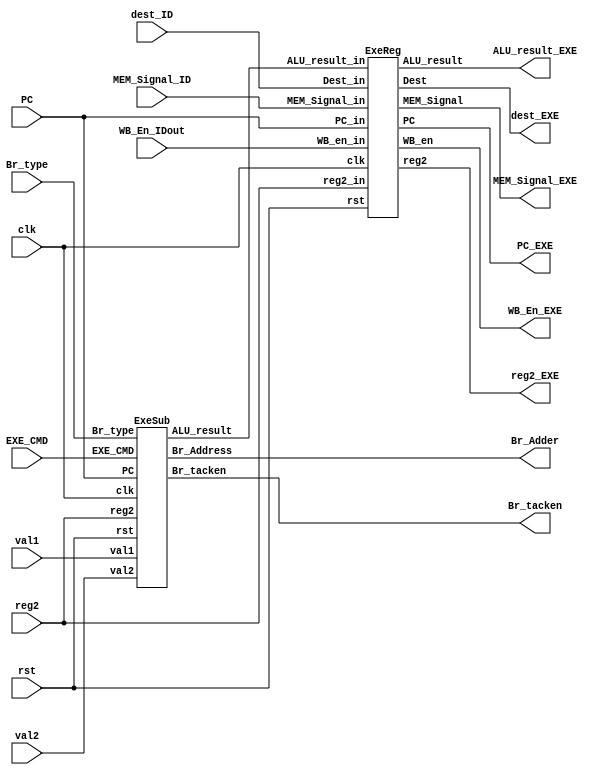
module Exe
	(
		input clk,rst,
		// from ID stage to Mem stage : input
		input WB_En_IDout,
		input [1:0] MEM_Signal_ID,
		input [4:0] dest_ID,

		input [3:0] EXE_CMD,
		input [31:0] val1,val2,reg2,PC,
		input [1:0] Br_type,

		output [31:0] Br_Adder,
		output Br_tacken,
		// from ID stage to Mem stage : output
		output WB_En_EXE,
		output [1:0] MEM_Signal_EXE,
		output [4:0] dest_EXE,
		output [31:0] PC_EXE,ALU_result_EXE,reg2_EXE

	);

	wire[31:0] ALU_result;

	ExeSub _ExeSub (clk,rst,EXE_CMD,val1,val2,reg2,PC,Br_type,ALU_result,Br_Adder,Br_tacken);

	ExeReg _ExeReg(clk,rst,WB_En_IDout,MEM_Signal_ID,dest_ID,PC,ALU_result,reg2,WB_En_EXE,MEM_Signal_EXE,dest_EXE,PC_EXE,ALU_result_EXE,reg2_EXE);

endmodule
// * * * * * * * * * * * * * * * * * * * * * * * * * * * * * * * *
module ExeSub
	(
		input clk,rst,
		input [3:0] EXE_CMD,
		input [31:0] val1,val2,reg2,PC,
		input [1:0] Br_type,

		output [31:0] ALU_result,Br_Address,
		output Br_tacken
	);

	ALU _ALU(val1, val2, EXE_CMD, ALU_result);
	AdderBranch _AdderBranch (PC, val2, Br_Address);
	ConditionCheck _ConditionCheck (val1, reg2, Br_type, Br_tacken);

endmodule
// * * * * * * * * * * * * * * * * * * * * * * * * * * * * * * * *
module ExeReg
	(
		input clk,rst,
		// from ID stage to Mem stage
		input WB_en_in,
		input [1:0] MEM_Signal_in,
		input [4:0] Dest_in,

		input [31:0] PC_in,
		input [31:0] ALU_result_in,
		input [31:0] reg2_in,

		// MEM_Signals
		output reg WB_en,
		output reg [1:0] MEM_Signal,
		output reg [4:0] Dest,
		output reg [31:0] PC,
		output reg [31:0] ALU_result,
		output reg [31:0] reg2
	);

	always@(posedge clk) begin
		if (rst) begin
			WB_en <= 1'd0;
			MEM_Signal <= 2'd0;
			Dest <= 5'd0;
			PC <= 32'd0;
			ALU_result <= 32'd0;
			reg2 <= 32'd0;

		end
		else begin
			WB_en <= WB_en_in;
			MEM_Signal <= MEM_Signal_in;
			Dest <= Dest_in;
			PC <= PC_in;
			ALU_result <= ALU_result_in;
			reg2 <= reg2_in;
		end
	end

endmodule
// * * * * * * * * * * * * * * * * * * * * * * * * * * * * * * * *
module ALU(input[31:0] val1, val2, input[3:0] selector, output reg[31:0] ALU_res);
	always @(*) begin
		case (selector)
			4'b0000: ALU_res <= val1 + val2; // ADD , ADDI , LD , ST
			4'b0010: ALU_res <= val1 - val2; // SUB , SUBI
			4'b0100: ALU_res <= val1 & val2; // AND
			4'b0101: ALU_res <= val1 | val2; // OR
			4'b0110: ALU_res <= ~(val1 | val2); // NOR
			4'b0111: ALU_res <= val1 ^ val2; // XOR
			4'b1000: ALU_res <= val1 << val2; // SLA , SLL
			4'b1001: ALU_res <= $signed(val1) >>> val2; // SRA
			4'b1010: ALU_res <= val1 >> val2; // SRL

			default: ALU_res = 32'bx;
		endcase
	end
endmodule
// * * * * * * * * * * * * * * * * * * * * * * * * * * * * * * * *
module AdderBranch (input[31:0] PC, val2, output[31:0] result);
	assign result = PC + {val2[31:2],2'b0};
endmodule
// * * * * * * * * * * * * * * * * * * * * * * * * * * * * * * * *
module ConditionCheck (input[31:0] val1, val2, input[1:0] br_type, output reg isBr);
	always @(*)begin
		isBr = 0;
		if(br_type == 2'b01) begin
			if(val1 == 0)
				isBr = 1;
		end
		// Branch Not Equal
		else if(br_type == 2'b10) begin
			if (val1 != val2)
				isBr = 1;
		end
		// Jump
		else if(br_type == 2'b11) begin
			isBr = 1;
		end
		else begin
			isBr = 0;
		end
	end
endmodule